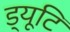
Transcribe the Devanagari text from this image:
ड्यूटि